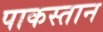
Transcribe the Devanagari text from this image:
पाकस्तान